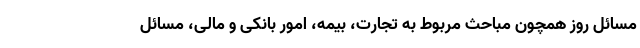
مسائل روز همچون مباحث مربوط به تجارت، بیمه، امور بانکی و مالی، مسائل